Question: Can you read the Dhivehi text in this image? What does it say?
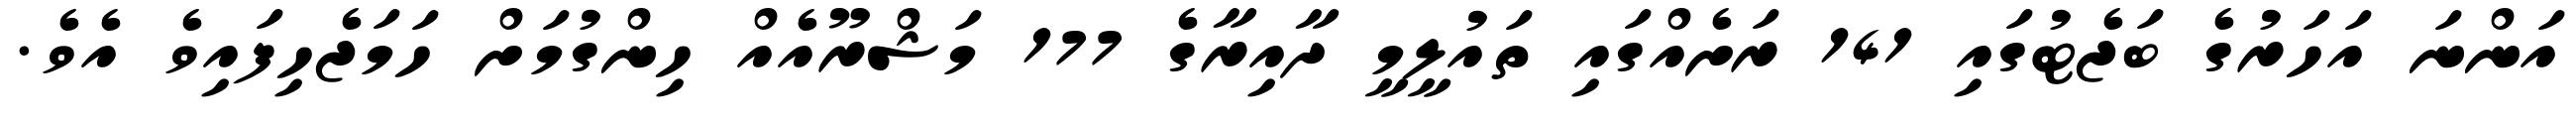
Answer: އަންނަ އަހަރުގެ ބަޖެޓުގައި 141 ރަށެއްގައި ތައުލީމީ ދާއިރާގެ 177 މަޝްރޫއެއް ހިންގުމަށް ހަމަޖެހިފައިވެ އެވެ.